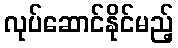
လုပ်ဆောင်နိုင်မည့်